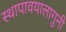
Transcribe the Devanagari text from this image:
स्थापावयालागुनी